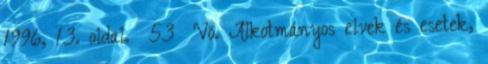
1996, 13. oldal. 53 Vö. Alkotmányos elvek és esetek,